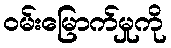
ဝမ်းမြောက်မှုကို